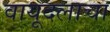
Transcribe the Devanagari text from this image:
वायूदलाचा